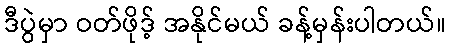
ဒီပွဲမှာ ဝတ်ဖိုဒ့် အနိုင်မယ် ခန့်မှန်းပါတယ်။